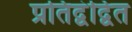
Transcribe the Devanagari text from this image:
प्रतिद्वंद्वित